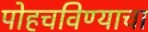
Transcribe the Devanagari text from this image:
पोहचविण्याचा